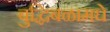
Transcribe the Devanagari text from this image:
बुद्धिबळामधे